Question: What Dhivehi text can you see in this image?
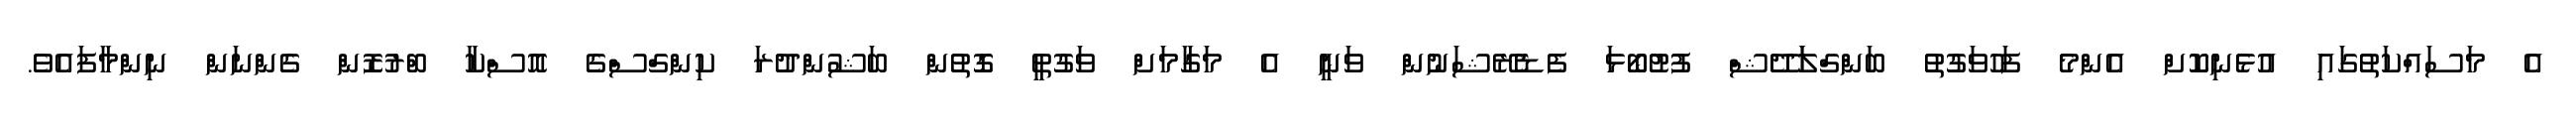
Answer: އެ މަސައްކަތުގައި އުޅެނިކޮށް އެންމެ ފަހުވަގުތު ބަންގްލަަދޭޝް ފުޓުބޯޅަ ފެޑެރޭޝަނުން ވަނީ އެ މަގާމަށް ވަގުތީ ގޮތުން ބަޝުންދުރަ ކިންގްސްގެ އޮސްކާ ބްރުޒޮން ގެންނަން ނިންމާފައެވެ.